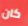
كان